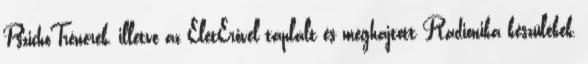
PszichoTrénerek, illetve az ÉletErővel táplált és meghajtott Radionika készülékek,